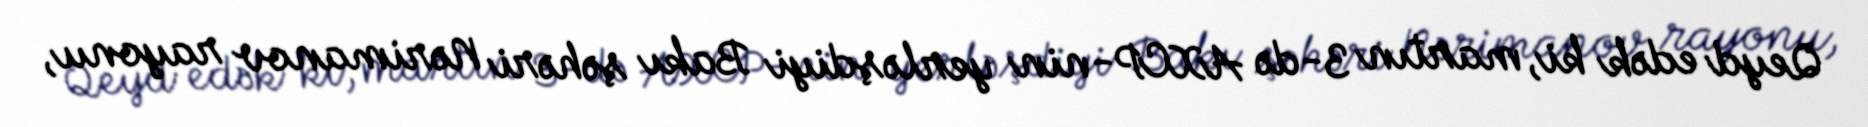
Qeyd edək ki, martın 3-də AXCP-nin yerləşdiyi Bakı şəhəri Nərimanov rayonu,